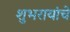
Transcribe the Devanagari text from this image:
शुभरायांचे